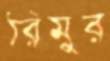
রিমুর